Indian journal of veterinary science and animal husbandry - Volumes 28-29, 1958-1959
Year: 1958
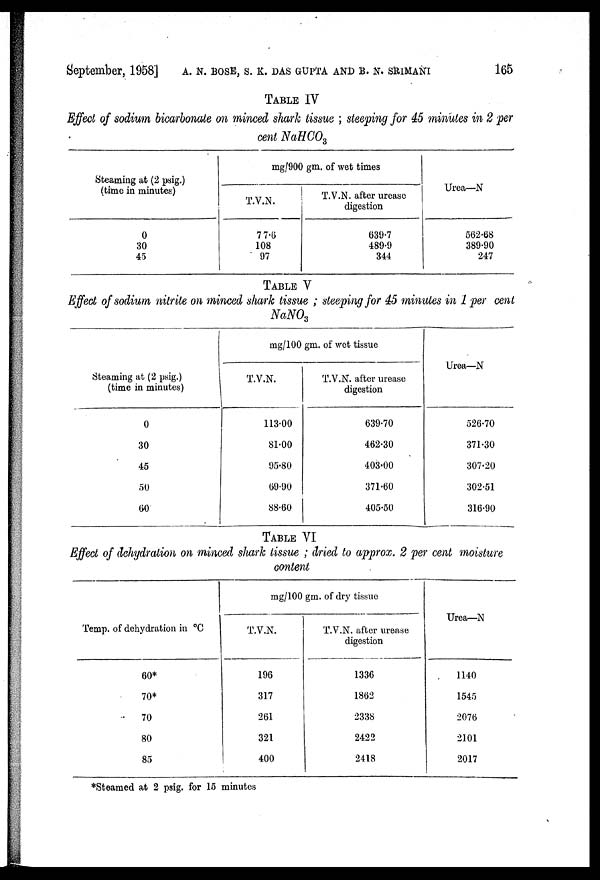
September, 1958] A. N. BOSE, S. K. DAS GUPTA AND B. N. SRIMANI 165
TABLE IV
Effect of sodium bicarbonate on minced shark tissue ; steeping for 45 minutes in 2 per
cent NaHCO 3
Steaming at (2 psig.)
(time in minutes)
0
30
45
mg/900 gm. of wet times
T.V.N.
77.6
108
97
T.V.N. after urease
digestion
639.7
489.9
344
Urea—N
562.68
389.90
247
TABLE V
Effect of sodium nitrite on minced shark tissue ; steeping for 45 minutes in 1 per cent
NaNO 3
Steaming at (2 psig.)
(time in minutes)
0
30
45
50
60
mg/100 gm. of wet tissue
T.V.N.
113.00
81.00
95.80
69.90
88.60
T.V.N. after urease
digestion
639.70
462.30
403.00
371.60
405.50
Urea—N
526.70
371.30
307.20
302.51
316.90
TABLE VI
Effect of dehydration on minced shark tissue ; dried to approx. 2 per cent moisture
content
Temp. of dehydration in °C
60*
70*
70
80
85
mg/100 gm. of dry tissue
T.V.N.
196
317
261
321
400
T.V.N. after urease
digestion
1336
1862
2338
2422
2418
Urea—N
1140
1545
2076
2101
2017
*Steamed at 2 psig. for 15 minutes